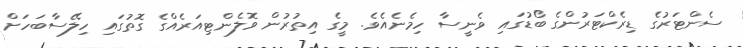
ސެންޓަރުގެ ޑިރެކްޓަރުންގެ ބޯޑުގައި ވެނީސާ ހިމެނެއެވެ. މީގެ އިތުރުން ވޮލެންޓިއަރެއްގެ ގޮތުގައި ހިލޭސާބަހަށް